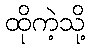
ထိုကဲ့သို့